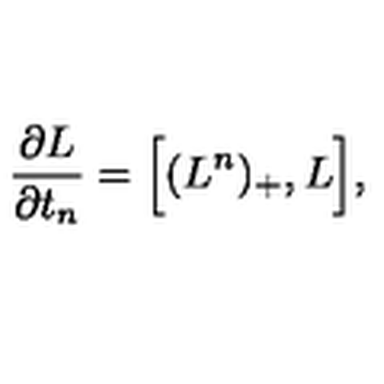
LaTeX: { \frac { \partial { L } } { \partial t _ { n } } } = \Big [ ( { L } ^ { n } ) _ { + } , { L } \Big ] ,